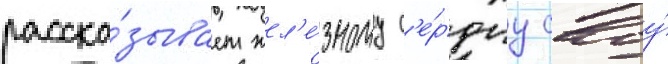
расска́зывает жел'е́зному с'е́рдцу своу́